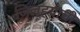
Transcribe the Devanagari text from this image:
जिल्हयाची